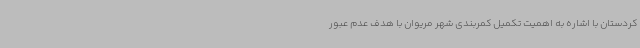
کردستان با اشاره به اهمیت تکمیل کمربندی شهر مریوان با هدف عدم عبور